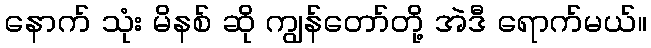
နောက် သုံး မိနစ် ဆို ကျွန်တော်တို့ အဲဒီ ရောက်မယ်။